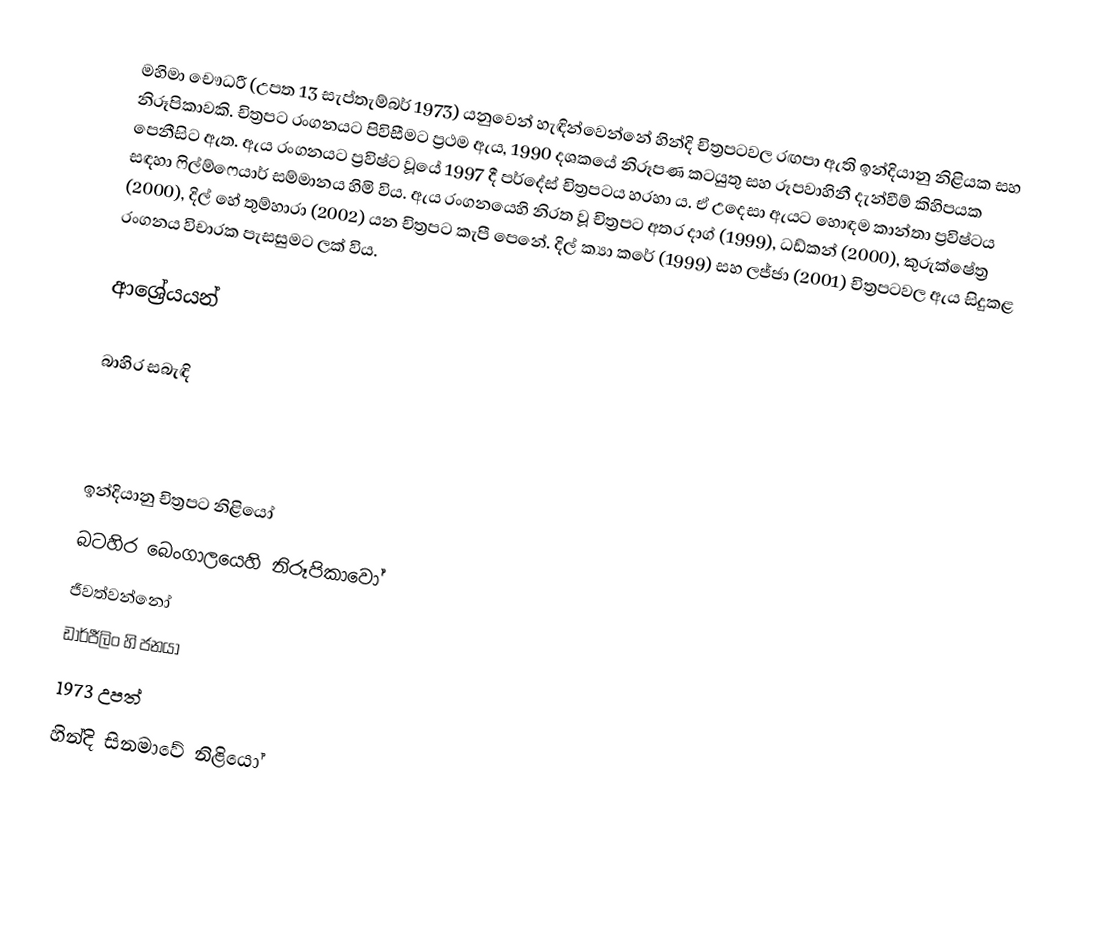
මහිමා චෞධරී (උපත 13 සැප්තැම්බර් 1973) යනුවෙන් හැඳින්වෙන්නේ හින්දි චිත්‍රපටවල රඟපා ඇති ඉන්දියානු නිළියක සහ නිරූපිකාවකි. චිත්‍රපට රංගනයට පිවිසීමට ප්‍රථම ඇය, 1990 දශකයේ නිරූපණ කටයුතු සහ රූපවාහිනී දැන්වීම් කිහිපයක පෙනීසිට ඇත. ඇය රංගනයට ප්‍රවිෂ්ට වූයේ 1997 දී පර්දේස් චිත්‍රපටය හරහා ය. ඒ උදෙසා ඇයට හොඳම කාන්තා ප්‍රවිෂ්ටය සඳහා ෆිල්ම්ෆෙයාර් සම්මානය හිමි විය. ඇය රංගනයෙහි නිරත වූ චිත්‍රපට අතර දාග් (1999), ධඩ්කන් (2000), කුරුක්ෂේත්‍ර (2000), දිල් හේ තුම්හාරා (2002) යන චිත්‍රපට කැපී පෙනේ. දිල් ක්‍යා කරේ (1999) සහ ලජ්ජා (2001) චිත්‍රපටවල ඇය සිදුකළ රංගනය විචාරක පැසසුමට ලක් විය.

ආශ්‍රේයයන්

බාහිර සබැඳි

ඉන්දියානු චිත්‍රපට නිළියෝ
බටහිර බෙංගාලයෙහි නිරූපිකාවෝ
ජීවත්වන්නෝ
ඩාර්ජීලිං හි ජනයා
1973 උපත්
හින්දි සිනමාවේ නිළියෝ